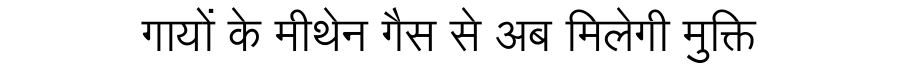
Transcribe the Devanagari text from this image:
गायों के मीथेन गैस से अब मिलेगी मुक्ति